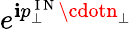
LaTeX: e^{\mathbf{i}p_{\perp}^{\mathrm{{~I~N~}}}\cdotn_{\perp}}